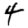
Digit: 4